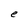
Character: e